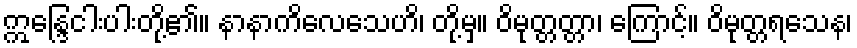
ဣန္ဒြေငါးပါးတို့၏။ နာနာကိလေသေဟိ၊ တို့မှ။ ဝိမုတ္တတ္တာ၊ ကြောင့်။ ဝိမုတ္တရသေန၊